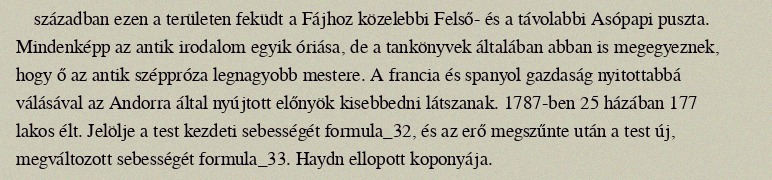
században ezen a területen feküdt a Fájhoz közelebbi Felső- és a távolabbi Asópapi puszta. Mindenképp az antik irodalom egyik óriása, de a tankönyvek általában abban is megegyeznek, hogy ő az antik széppróza legnagyobb mestere. A francia és spanyol gazdaság nyitottabbá válásával az Andorra által nyújtott előnyök kisebbedni látszanak. 1787-ben 25 házában 177 lakos élt. Jelölje a test kezdeti sebességét formula_32, és az erő megszűnte után a test új, megváltozott sebességét formula_33. Haydn ellopott koponyája.